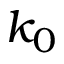
k _ { 0 }